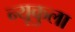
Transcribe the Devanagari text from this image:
न्यूकुला